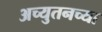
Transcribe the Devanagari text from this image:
अच्युतनच्या